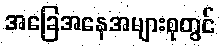
အခြေအနေအများစုတွင်